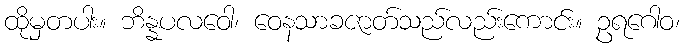
ထိုမှတပါး။ ဘိန္နပလဝေါ၊ ဝေနသာခဇာတ်သည်လည်းကောင်း။ ဥရဂေါဝ၊